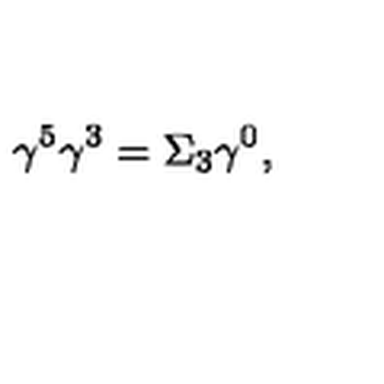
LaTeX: \gamma ^ { 5 } \gamma ^ { 3 } = \Sigma _ { 3 } \gamma ^ { 0 } ,